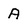
Character: A